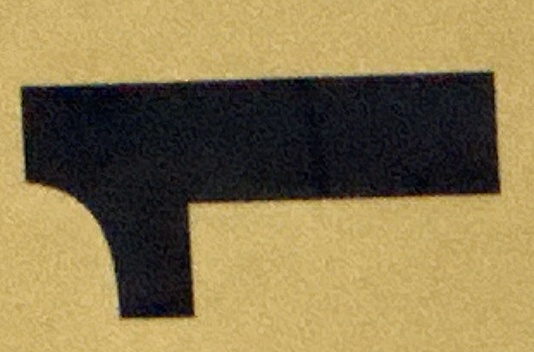
1